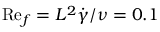
\mathrm { R e } _ { f } = L ^ { 2 } \dot { \gamma } / \nu = 0 . 1